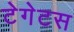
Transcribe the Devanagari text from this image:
टेगेटस